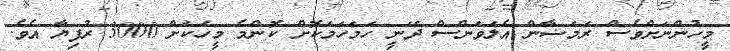
މީހުންނަށްވެސް ރަމަޟާން އެލަވަންސް ދޭނީ ހަމަހަމަކޮށް ކޮންމެ މީހަކަށް 3000 ރުފިޔާ އެވެ.